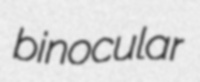
binocular